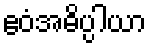
ဧဝံအဓိပ္ပါယာ